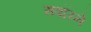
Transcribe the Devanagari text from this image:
सवॉरने